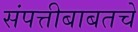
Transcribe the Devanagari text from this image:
संपत्तीबाबतचे